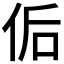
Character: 𰂀